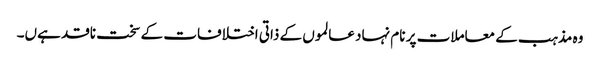
وہ مذہب کے معاملات پر نام نہاد عالموں کے ذاتی اختلافات کے سخت ناقد ہےں۔